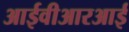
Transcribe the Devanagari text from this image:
आईवीआरआई